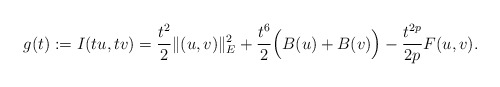
\begin{align*}g(t):=I(tu,tv)=\frac{t^{2}}{2}\|(u,v)\|_{E}^{2}+\frac{t^{6}}{2}\Big(B(u)+B(v)\Big)-\frac{t^{2p}}{2p}F(u,v).\end{align*}